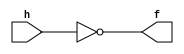
module mux16_16x1_not(f,h);
	output f;
	input h;
assign f = ~h;
endmodule